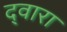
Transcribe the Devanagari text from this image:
द्‍वारा